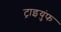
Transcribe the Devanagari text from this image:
ट्राइयुंफ